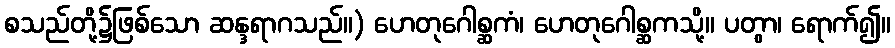
စသည်တို့၌ဖြစ်သော ဆန္ဒရာဂသည်။) ဟေတုဂေါစ္ဆကံ၊ ဟေတုဂေါစ္ဆကသို့။ ပတွာ၊ ရောက်၍။